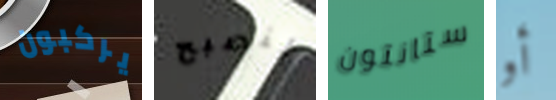
يركبون لنصبح ستانتون أو